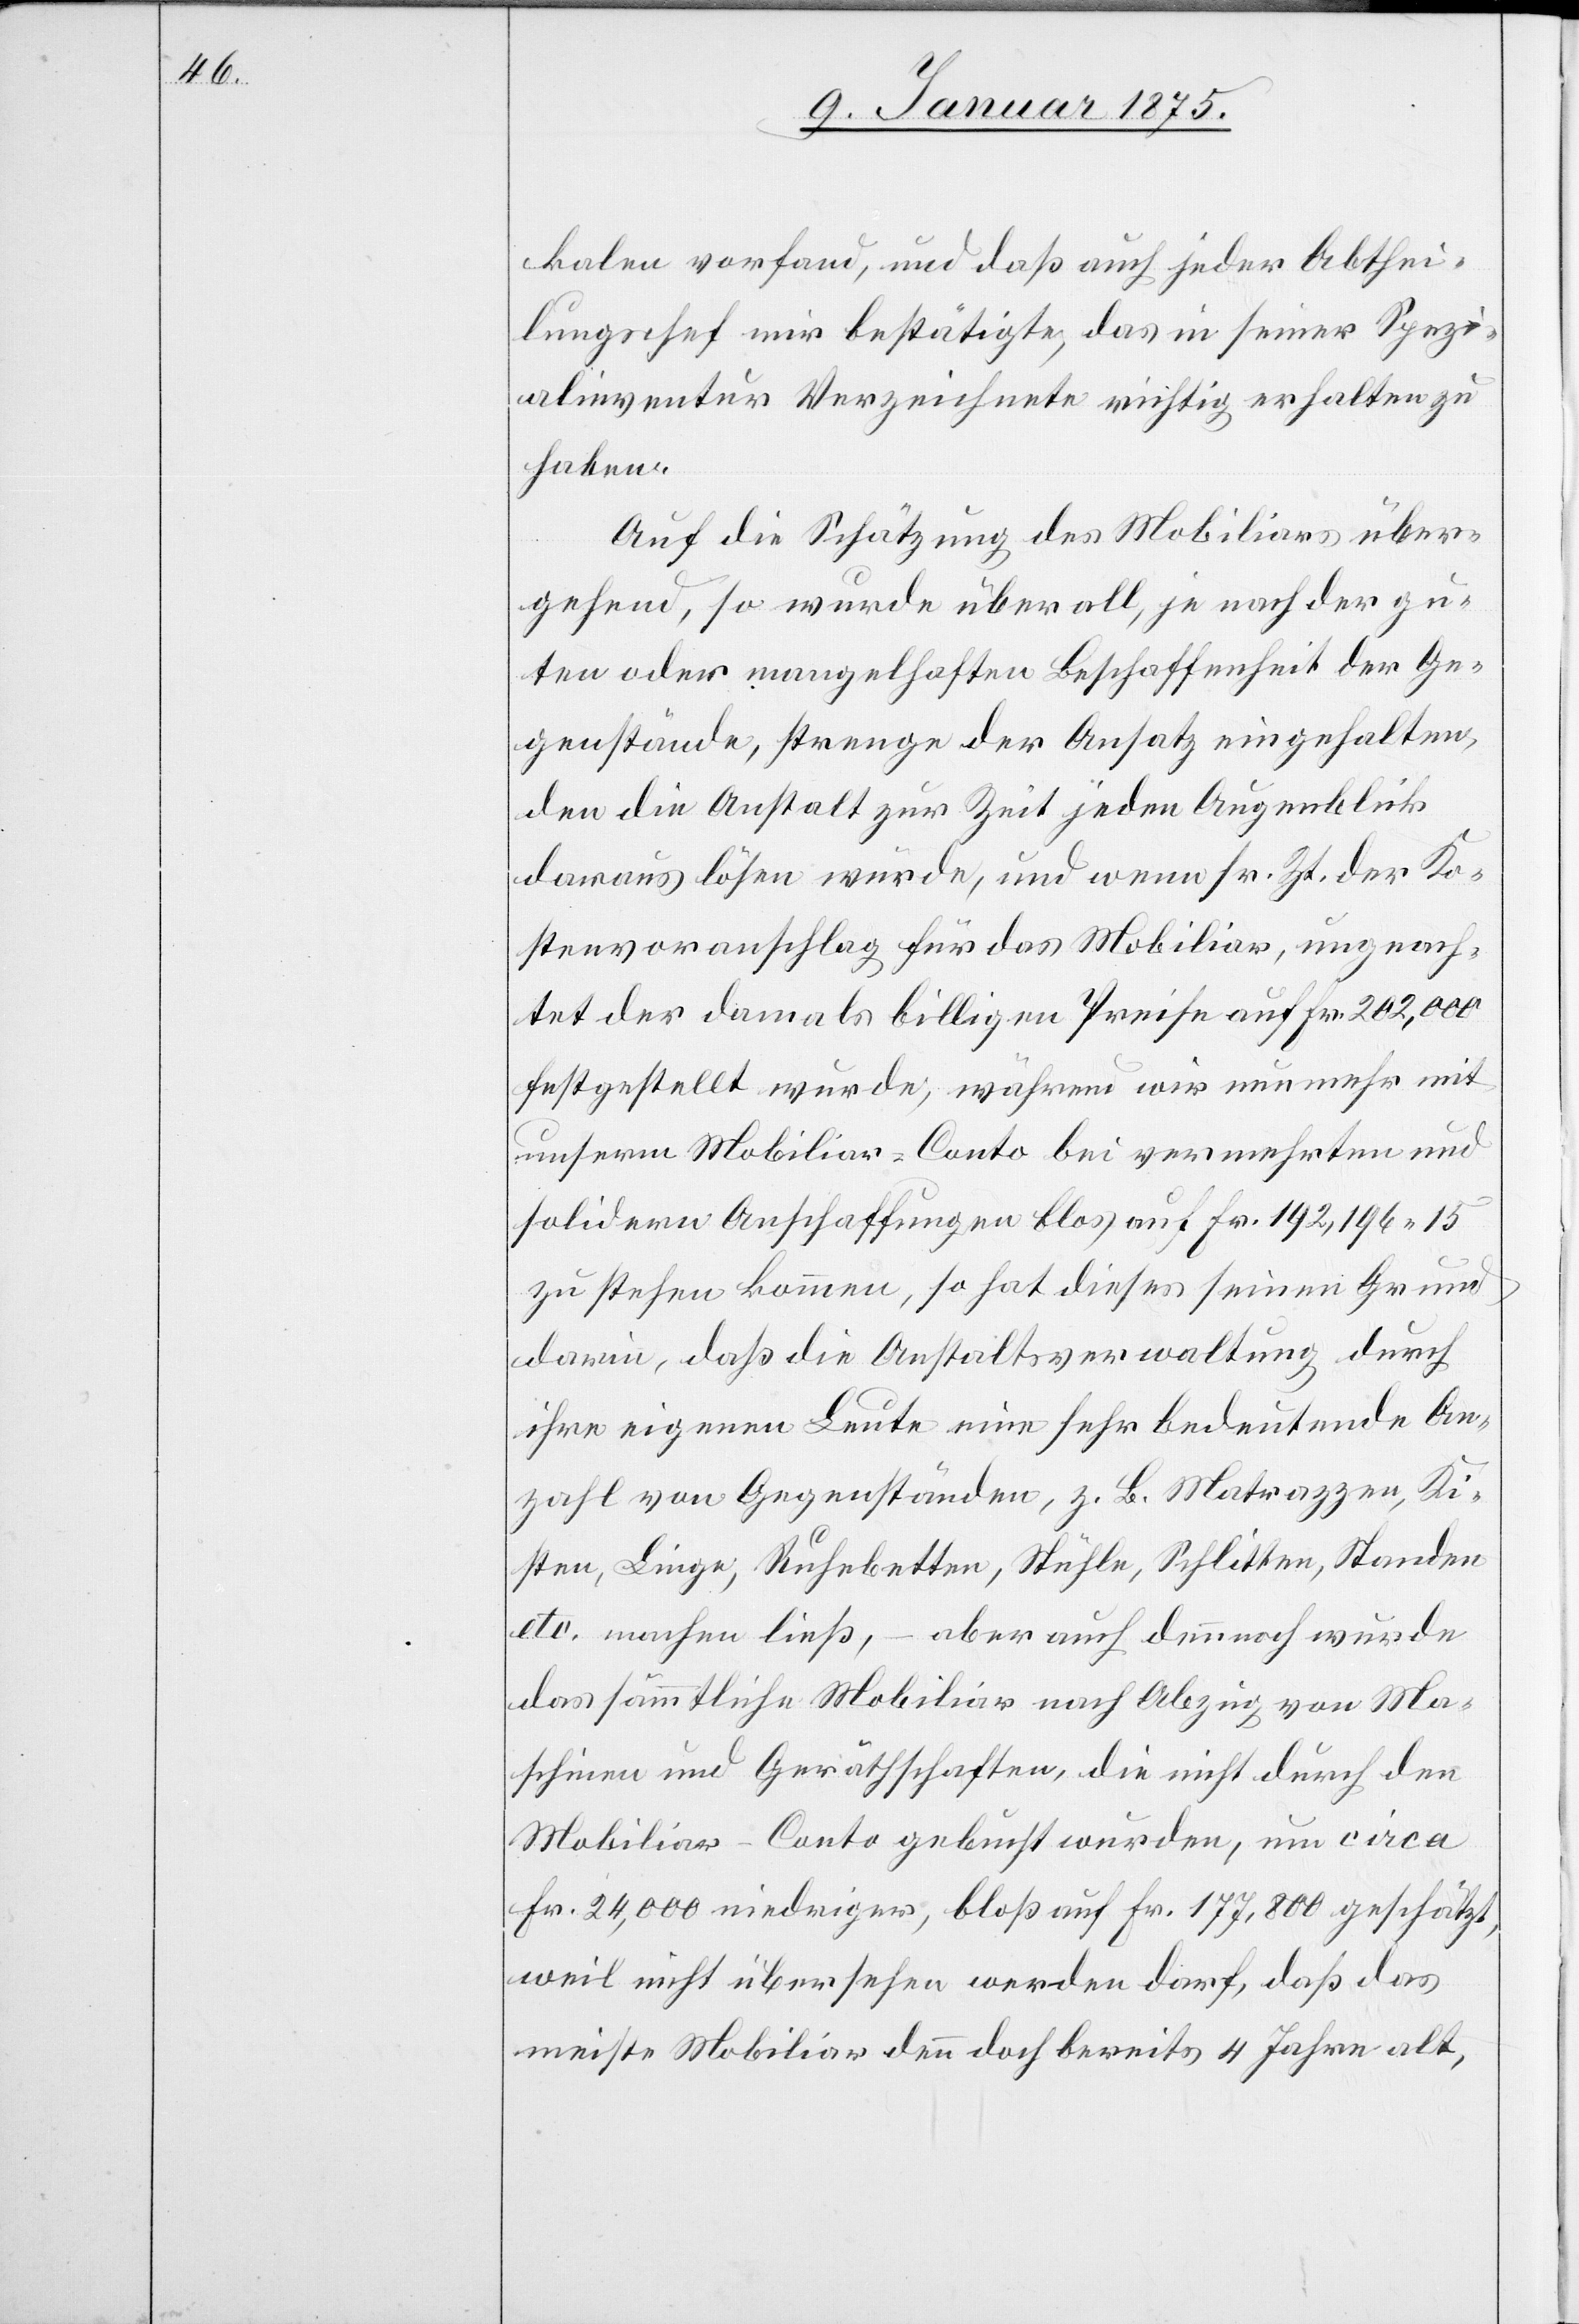
kalen vorfand, und daß auch jeder Abthei¬
lungschef mir bestätigte, das in seiner Spezi¬
alinventur Verzeichnete richtig erhalten zu
haben.
Auf die Schätzung des Mobiliars über¬
gehend, so wurde überall, je nach der gu¬
ten oder mangelhaften Beschaffenheit der Ge¬
genstände, strenge der Ansatz eingehalten,
den die Anstalt zur Zeit jeden Augenblick
daraus lösen würde, und wenn sr. Zt. der Ko¬
stenvoranschlag für das Mobiliar, ungeach¬
tet der damals billigen Preise auf Fr. 202,000
festgestellt wurde, während wir nunmehr mit
unserm Mobiliar-Conto bei vermehrten und
solidern Anschaffungen blos auf Fr. 192,194 15
zu stehen kommen, so hat dieses seinen Grund
darin, daß die Anstaltsverwaltung durch
ihre eigenen Leute eine sehr bedeutende An¬
zahl von Gegenständen, z. B. Matrazzen, Ki¬
sten, Liege, Ruhebetten, Stühle, Schlitten, Standen
etc. machen ließ, – aber auch dennoch wurde
das sämmtliche Mobiliar nach Abzug von Ma¬
schinen und Geräthschaften, die nicht durch den
Mobiliar-Conto gebucht wurden, um circa
Fr. 24,000 niedriger, bloß auf Fr. 177,800 geschätzt,
weil nicht übersehen werden darf, daß das
meiste Mobiliar denn doch bereits 4 Jahre alt,